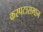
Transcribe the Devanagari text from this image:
कस्पटासमान